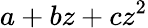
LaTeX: a+bz+cz^{2}